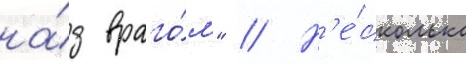
на́д враго́м" // Н'е́сколько